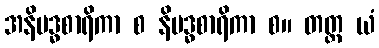
အနိဗဒ္ဓစာရိကာ စ နိဗဒ္ဓစာရိကာ စ။ တတ္ထ ယံ